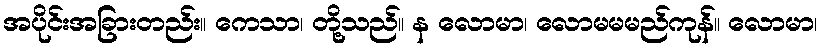
အပိုင်းအခြားတည်း။ ကေသာ၊ တို့သည်။ န လောမာ၊ လောမမမည်ကုန်။ လောမာ၊